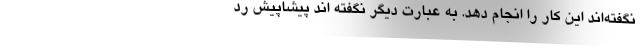
نگفته‌اند این کار را انجام دهد. به عبارت دیگر نگفته اند پیشاپیش رد